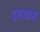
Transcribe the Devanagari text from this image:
दशाक्रम